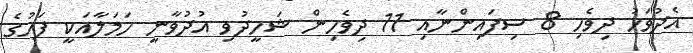
އެދުވަހު ދިވެހި 8 ސިފައިންނާއި 11 ދިވެހިން ޝަހީދުވި އުދުވާނީ ހަމަލާއަކީ ފަހުގެ